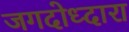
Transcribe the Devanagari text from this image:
जगदोध्दारा